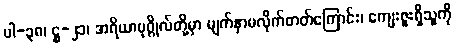
ပါ-၃၈၊ ဋ္ဌ-၂၁၊ အရိယာပုဂ္ဂိုလ်တို့မှာ မျက်နှာမလိုက်တတ်ကြောင်း၊ ကျေးဇူးရှိသူကို